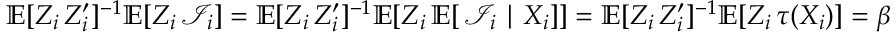
\mathbb { E } [ Z _ { i } \, Z _ { i } ^ { \prime } ] ^ { - 1 } \mathbb { E } [ Z _ { i } \, \mathcal { I } _ { i } ] = \mathbb { E } [ Z _ { i } \, Z _ { i } ^ { \prime } ] ^ { - 1 } \mathbb { E } [ Z _ { i } \, \mathbb { E } [ \, \mathcal { I } _ { i } \mid X _ { i } ] ] = \mathbb { E } [ Z _ { i } \, Z _ { i } ^ { \prime } ] ^ { - 1 } \mathbb { E } [ Z _ { i } \, \tau ( X _ { i } ) ] = \beta